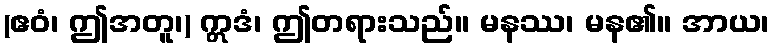
(ဧဝံ၊ ဤအတူ၊) ဣဒံ၊ ဤတရားသည်။ မနဿ၊ မန၏။ အာယ၊